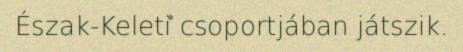
Észak-Keleti csoportjában játszik.